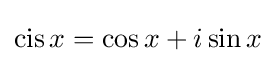
\operatorname {cis} x=\cos x+i\sin x